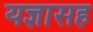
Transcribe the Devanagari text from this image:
यज्ञासह